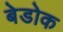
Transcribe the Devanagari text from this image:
बेडोक